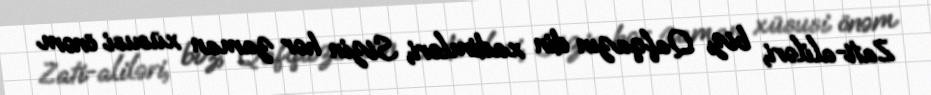
Zati-aliləri, biz, Qafqazın din xadimləri, Sizin hər zaman xüsusi önəm